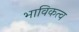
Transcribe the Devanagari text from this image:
भाविकत्व